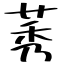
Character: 莠